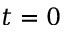
t = 0